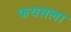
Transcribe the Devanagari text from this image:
फयसला